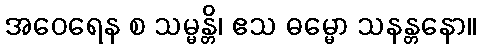
အဝေရေန စ သမ္မန္တိ၊ ဧသ ဓမ္မော သနန္တနော။